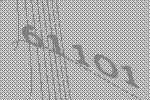
61101